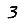
Digit: 3